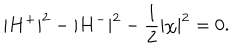
LaTeX: | H ^ { + } | ^ { 2 } - | H ^ { - } | ^ { 2 } - \frac { 1 } { 2 } | \chi | ^ { 2 } = 0 .